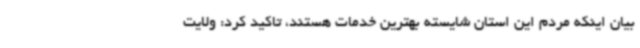
بیان اینکه مردم این استان شایسته بهترین خدمات هستند، تاکید کرد: ولایت